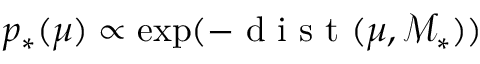
p _ { * } ( \boldsymbol { \mu } ) \propto \exp ( - \mathrm { ~ d ~ i ~ s ~ t ~ } ( \boldsymbol { \mu } , \mathcal { M } _ { * } ) )